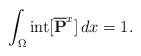
LaTeX: \begin{align*} \int_{\Omega} {\rm int} [ \overline{\mathbf{P}}^{x}] \, dx =1.\end{align*}